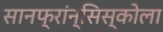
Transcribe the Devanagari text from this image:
सानफ्रांन्सिस्कोला